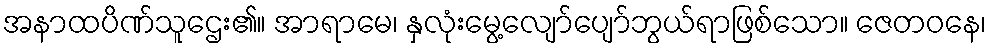
အနာထပိဏ်သူဌေး၏။ အာရာမေ၊ နှလုံးမွေ့လျော်ပျော်ဘွယ်ရာဖြစ်သော။ ဇေတဝနေ၊